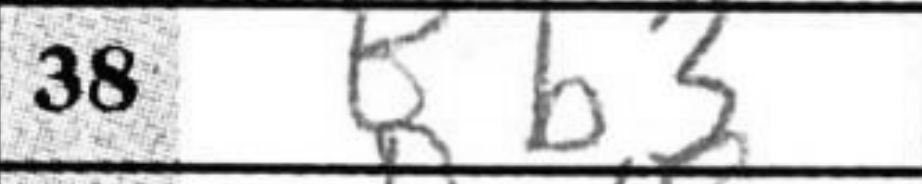
Transcription: Bb3